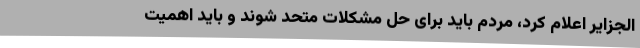
الجزایر اعلام کرد، مردم باید برای حل مشکلات متحد شوند و باید اهمیت